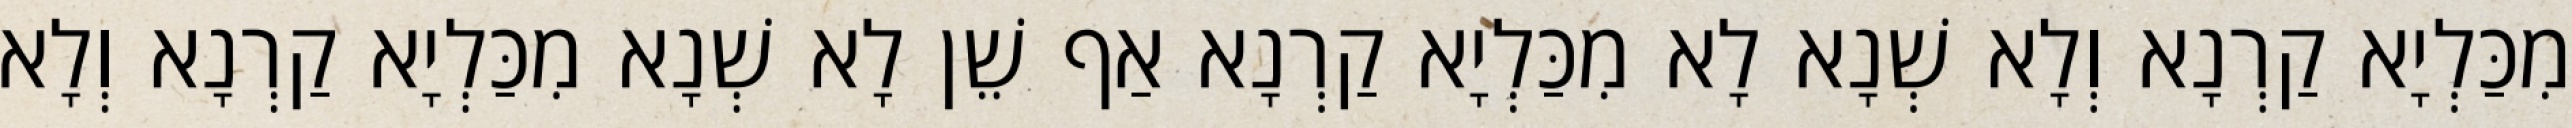
מִכַּלְיָא קַרְנָא וְלָא שְׁנָא לָא מִכַּלְיָא קַרְנָא אַף שֵׁן לָא שְׁנָא מִכַּלְיָא קַרְנָא וְלָא